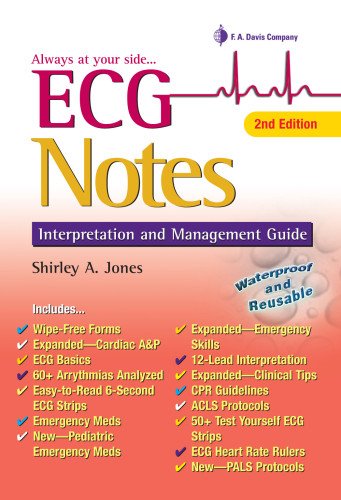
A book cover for ECG Notes: Interpretation and Management Guide (Davis's Notes); Shirley A. Jones; Medical Books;